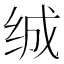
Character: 𰬖